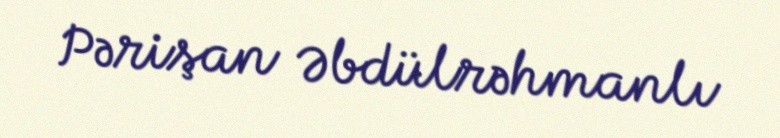
Pərişan Əbdülrəhmanlı